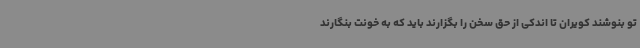
تو بنوشند کویران تا اندکی از حق سخن را بگزارند باید که به خونت بنگارند